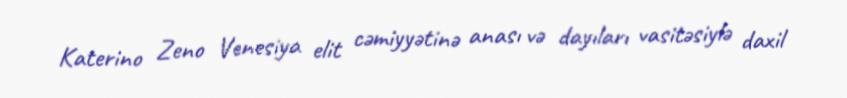
Katerino Zeno Venesiya elit cəmiyyətinə anası və dayıları vasitəsiylə daxil